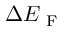
\Delta E _ { \mathrm { ~ F ~ } }